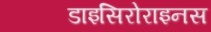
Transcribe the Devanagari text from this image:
डाइसिरोराइनस